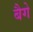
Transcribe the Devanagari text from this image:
बैगे